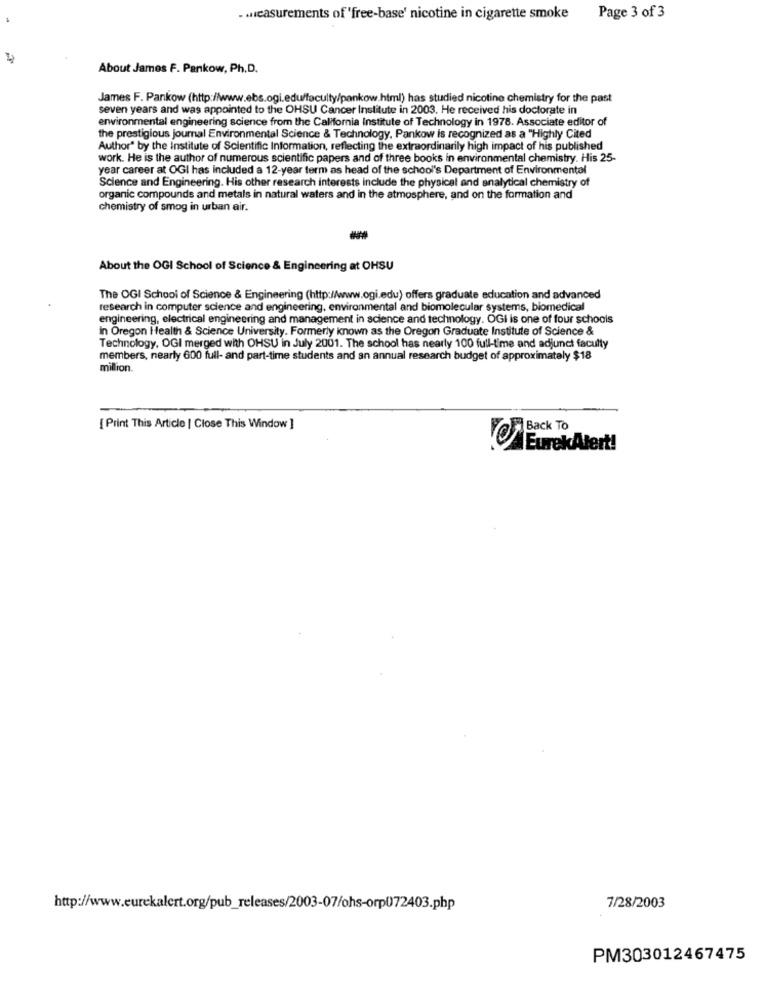
. measurements of 'free-base' nicotine in cigarette smoke Page 3 of 3
About James F. Pankow, Ph.D.
James F. Pankow (http://www.ebs.ogi.edu/faculty/pankow.html) has studied nicotine chemistry for the past
seven years and was appointed to the OHSU Cancer Institute in 2003. He received his doctorate in
environmental engineering science from the California Institute of Technology in 1978. Associate editor of
the prestigious journal Environmental Science & Technology, Pankow is recognized as a "Highly Cited
Author" by the Institute of Scientific Information, reflecting the extraordinarily high impact of his published
work. He is the author of numerous scientific papers and of three books in environmental chemistry. His 25-
year career at OGI has included a 12-year term as head of the school's Department of Environmental
Science and Engineering. His other research interests include the physical and analytical chemistry of
organic compounds and metals in natural waters and in the atmosphere, and on the formation and
chemistry of smog in urban air.
-
About the OGI School of Science & Engineering at OHSU
The OGI School of Science & Engineering (http://www.ogi.edu) offers graduate education and advanced
research in computer science and engineering, environmental and biomolecular systems, biomedical
engineering, electrical engineering and management in science and technology. OGi is one of four schools
in Oregon Health & Science University. Formerly known as the Oregon Graduate Institute of Science &
Technology, OGI merged with OHSU in July 2001. The school has nearly 100 full-time and adjunct faculty
members, nearly 600 full- and part-time students and an annual research budget of approximately $18
million.
{ Print This Article | Close This Window ]
Back TO
EurekAlert!
http://www.eurekalert.org/pub_releases/2003-07/ohs-orp072403.php
7/28/2003
PM303012467475